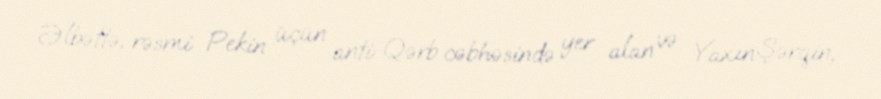
Əlbəttə, rəsmi Pekin üçün anti-Qərb cəbhəsində yer alan və Yaxın Şərqin,